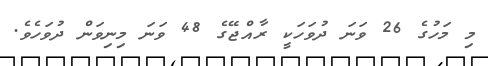
މި މަހުގެ 26 ވަނަ ދުވަހަކީ ރާއްޖޭގެ 48 ވަނަ މިނިވަން ދުވަހެވެ.